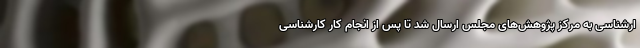
ارشناسی به مرکز پژوهش‌های مجلس ارسال شد تا پس از انجام کار کارشناسی